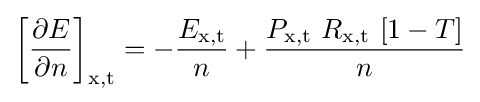
\left[{\frac {\partial E}{\partial n}}\right]_{\text{x,t}}=-{\frac {E_{\text{x,t}}}{n}}+{\frac {P_{\text{x,t}}\ R_{\text{x,t}}\ [1-T]}{n}}